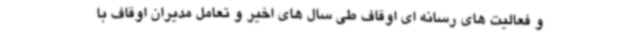
و فعالیت های رسانه ای اوقاف طی سال های اخیر و تعامل مدیران اوقاف با